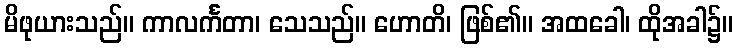
မိဖုယားသည်။ ကာလင်္ကတာ၊ သေသည်။ ဟောတိ၊ ဖြစ်၏။ အထခေါ၊ ထိုအခါ၌။